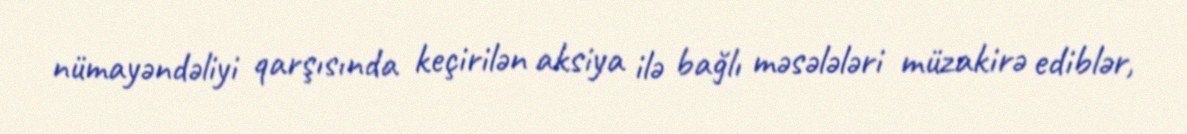
nümayəndəliyi qarşısında keçirilən aksiya ilə bağlı məsələləri müzakirə ediblər,